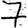
Digit: 7